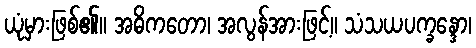
ယုံမှားဖြစ်၏။ အဓိကတော၊ အလွန်အားဖြင့်။ သံသယပက္ခန္ဒော၊